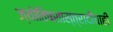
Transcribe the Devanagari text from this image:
ज्योतिषशास्त्रादींचाही